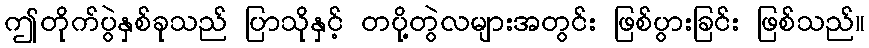
ဤတိုက်ပွဲနှစ်ခုသည် ပြာသိုနှင့် တပို့တွဲလများအတွင်း ဖြစ်ပွားခြင်း ဖြစ်သည်။